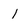
Character: 1